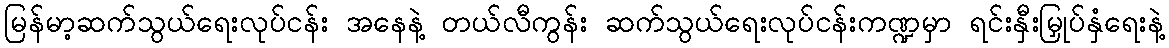
မြန်မာ့ဆက်သွယ်ရေးလုပ်ငန်း အနေနဲ့ တယ်လီကွန်း ဆက်သွယ်ရေးလုပ်ငန်းကဏ္ဍမှာ ရင်းနှီးမြှုပ်နှံရေးနဲ့